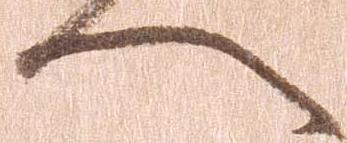
へ